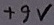
Text: +9V